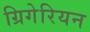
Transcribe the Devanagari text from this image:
ग्रिगेरियन